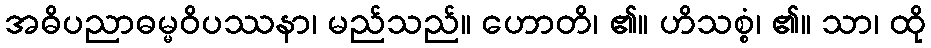
အဓိပညာဓမ္မဝိပဿနာ၊ မည်သည်။ ဟောတိ၊ ၏။ ဟိသစ္စံ၊ ၏။ သာ၊ ထို